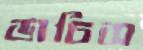
ডাচিস